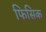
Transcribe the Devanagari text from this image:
फिसिक